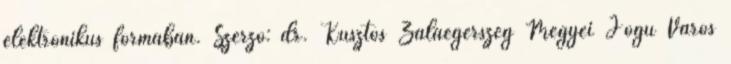
elektronikus formában. Szerző: dr. Kusztos Zalaegerszeg Megyei Jogú Város